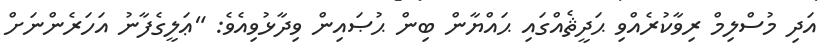
އަދި މުސްލިމް ރިވާކުރެއްވި ޙަދީޘެއްގައި ޙައްޔާން ބިން ޙުޞައިން ވިދާޅުވިއެވެ: "ޢަލީގެފާނު އަހަރެންނަށް